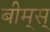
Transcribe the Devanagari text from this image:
बीम्‌स्